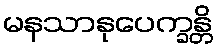
မနသာနုပေက္ခန္တိ